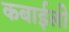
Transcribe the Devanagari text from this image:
कबाईली